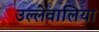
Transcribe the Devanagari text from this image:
उल्लेवालिया